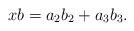
LaTeX: \begin{align*}xb = a_2b_2 + a_3b_3.\end{align*}